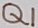
Text: Q1